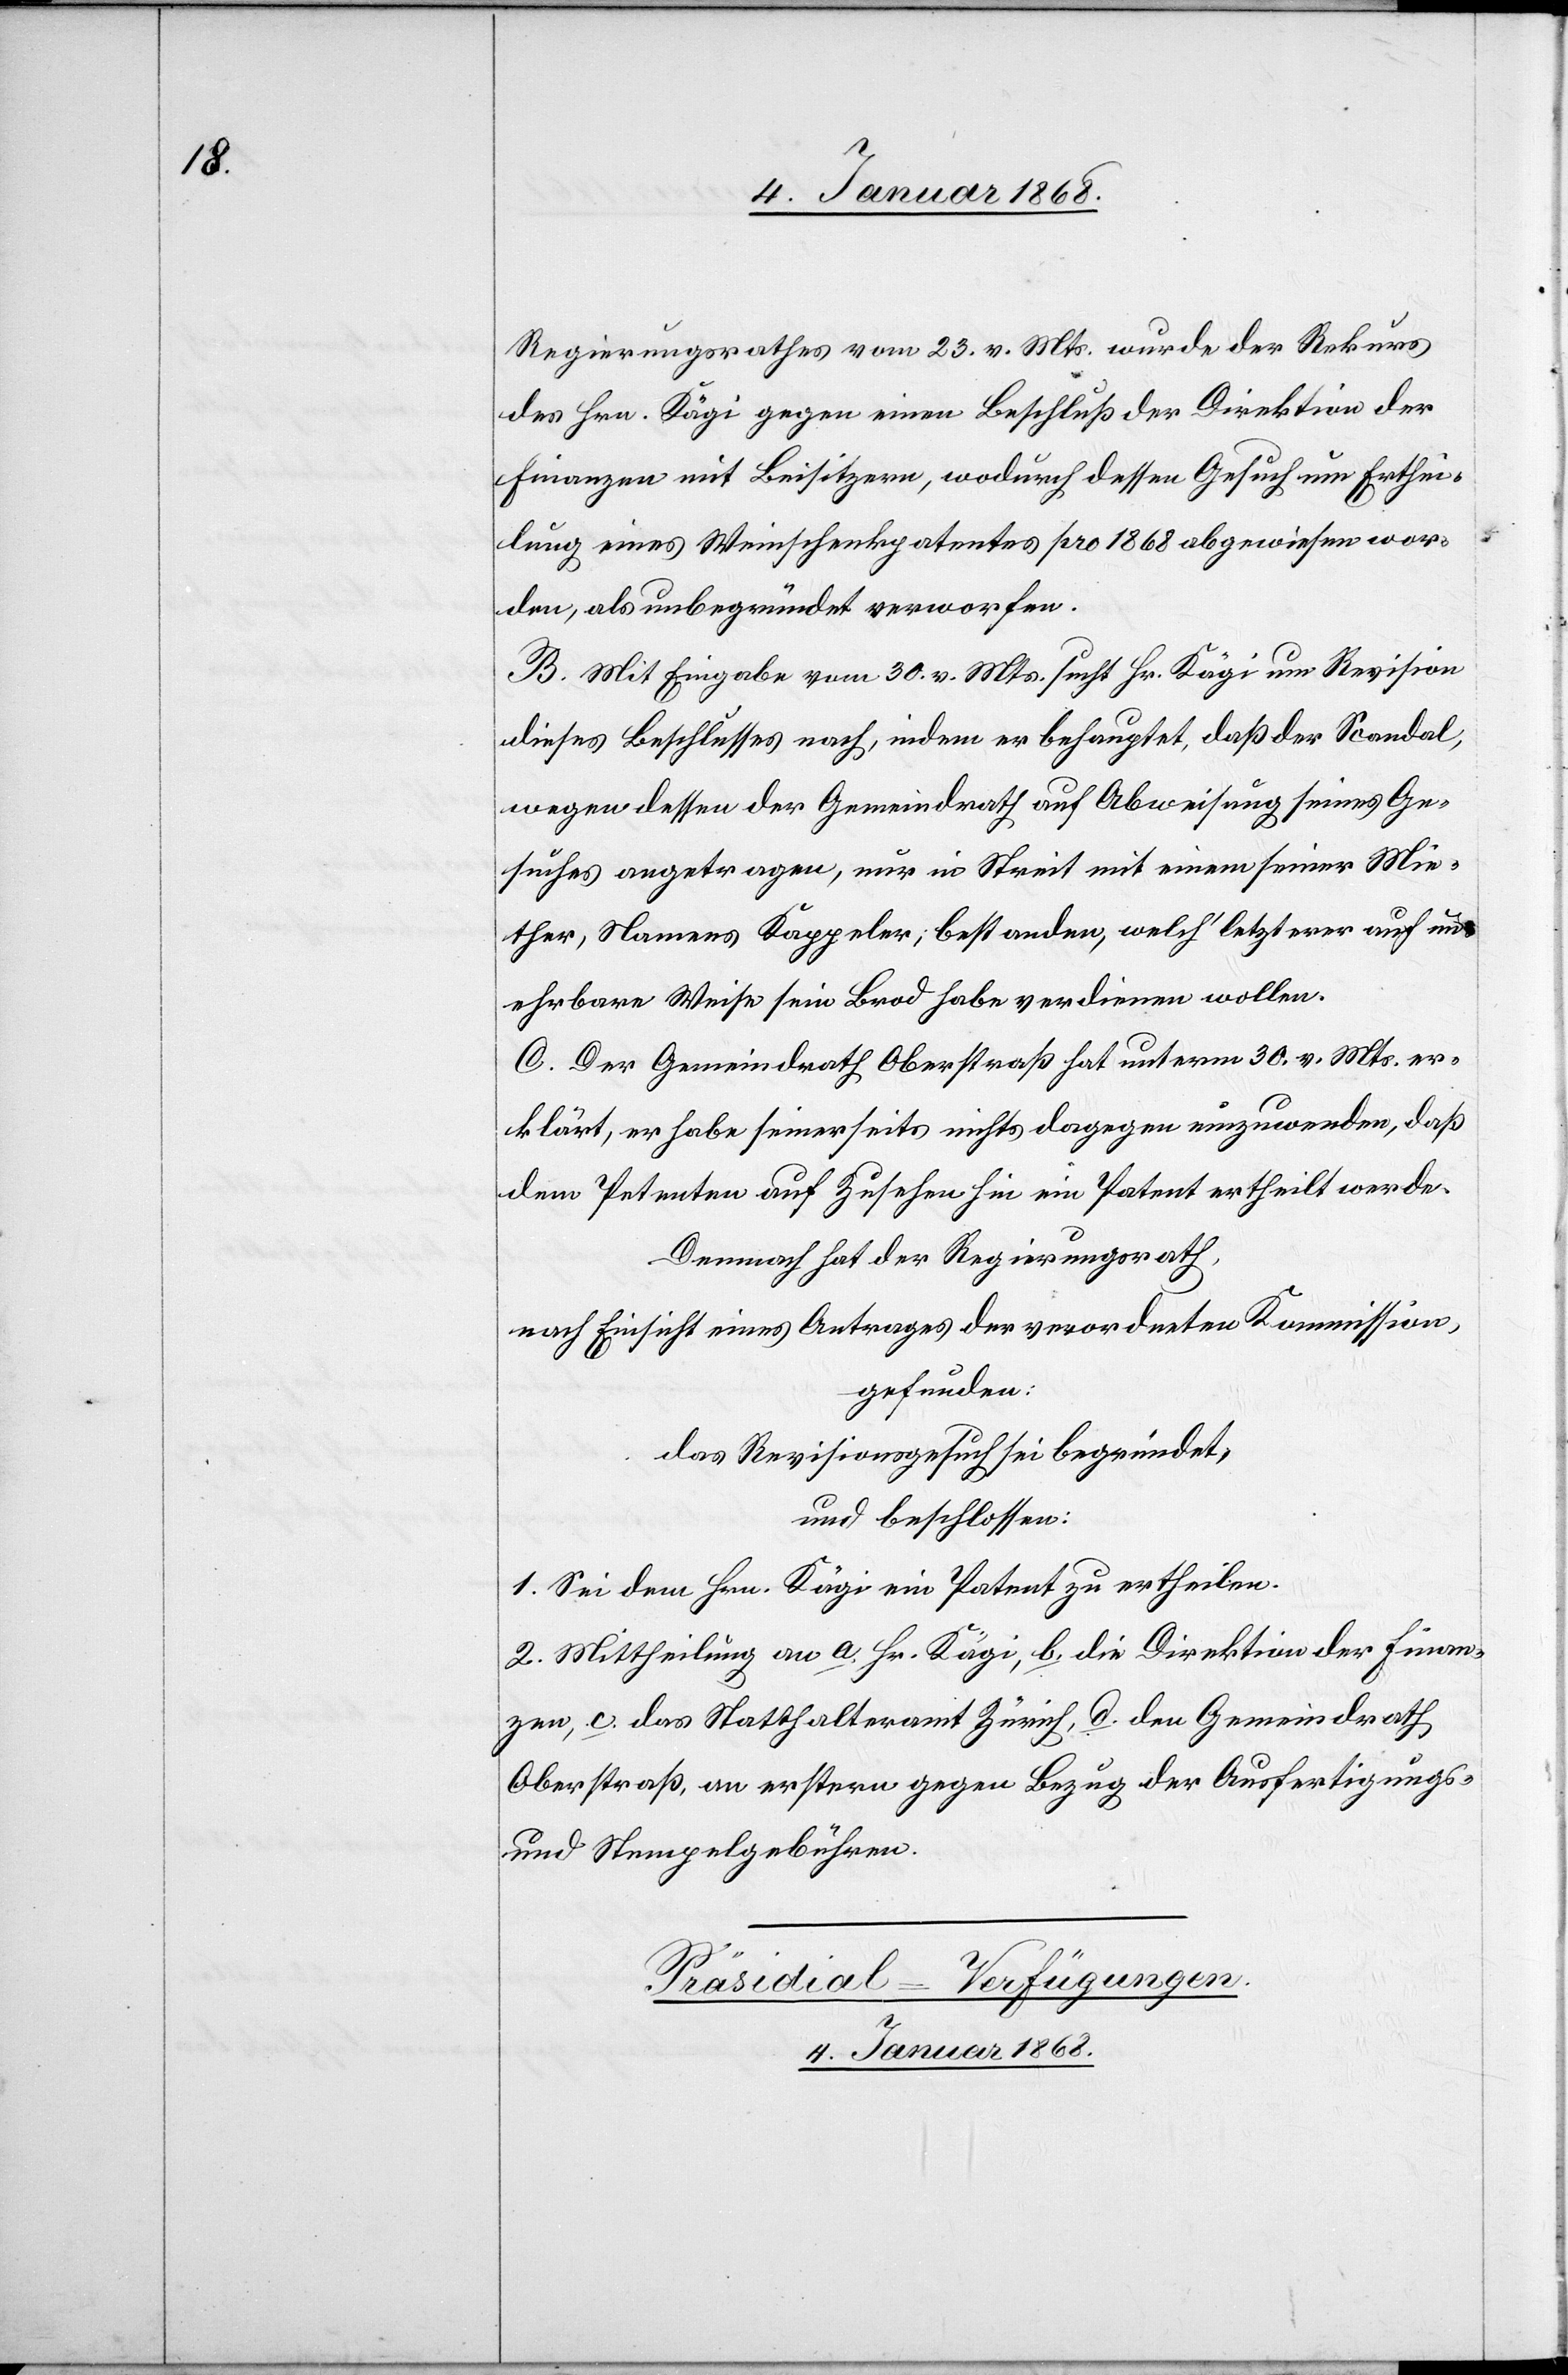
Regierungsrathes vom 23. v. Mts. wurde der Rekurs
des Hrn. Kägi gegen einen Beschluß [sic!] der Direktion der
Finanzen mit Beisitzern, wodurch dessen Gesuch um Erthei¬
lung eines Weinschenkpatentes pro 1868 abgewiesen wor¬
den, als unbegründet verworfen.
B. Mit Eingabe vom 30. v. Mts. sucht Hr. Kägi um Revision
dieses Beschlusses nach, indem er behauptet, daß der Scandal,
wegen dessen der Gemeindrath auf Abweisung seines Ge¬
suches angetragen, nur in Streit mit einem seiner Mie¬
ther, Namens Kappeler; bestanden, welch‘ letzterer auf un¬
ehrbare Weise sein Brod habe verdienen wollen.
C. Der Gemeindrath Oberstraß hat unterm 30. v. Mts. er¬
klärt, er habe seinerseits nichts dagegen einzuwenden, daß
dem Petenten auf Zusehen hin ein Patent ertheilt werde.
Demnach hat der Regierungsrath,
nach Einsicht eines Antrages der verordneten Kommission,
gefunden:
das Revisionsgesuch sei begründet,
und beschlossen:
1. Sei dem Hrn. Kägi ein Patent zu ertheilen.
2. Mittheilung an a. Hr. Kägi, b. die Direktion der Finan¬
zen, c. das Statthalteramt Zürich, d. den Gemeindrath
Oberstraß, an erstern gegen Bezug der Ausfertigungs-
und Stempelgebühren.
Präsidial-Verfügungen.
4. Januar 1868.